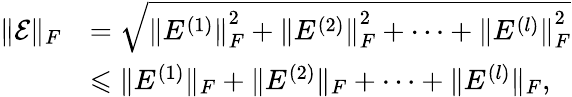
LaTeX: \begin{array}{rl}{\Vert\mathcal{E}\Vert_{F}}&{=\sqrt{{\Vert E^{(1)}\Vert}_{F}^{2}+{\Vert E^{(2)}\Vert}_{F}^{2}+\dots+{\Vert E^{(l)}\Vert}_{F}^{2}}}\\ &{\leqslant\Vert E^{(1)}\Vert_{F}+\Vert E^{(2)}\Vert_{F}+\cdots+\Vert E^{(l)}\Vert_{F},}\end{array}